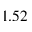
1 . 5 2